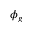
\phi _ { g }